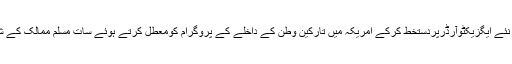
میڈیارپورٹس کے مطابق امریکی صدر ڈونلڈ ٹرمپ نے نئے ایگزیکٹوآرڈرپردستخط کرکے امریکہ میں تارکین وطن کے داخلے کے پروگرام کومعطل کرتے ہوئے سات مسلم ممالک کے شہریوں کے امریکہ داخلے پربھی پابندی عائدکردی ہے۔